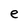
Character: e